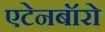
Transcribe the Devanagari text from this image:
एटेनबॉरो